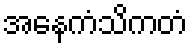
အနေကံသိကတံ